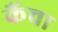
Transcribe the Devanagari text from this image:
कैंचा